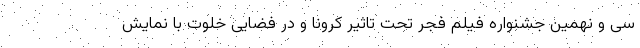
سی و نهمین جشنواره فیلم فجر تحت تاثیر کرونا و در فضایی خلوت با نمایش